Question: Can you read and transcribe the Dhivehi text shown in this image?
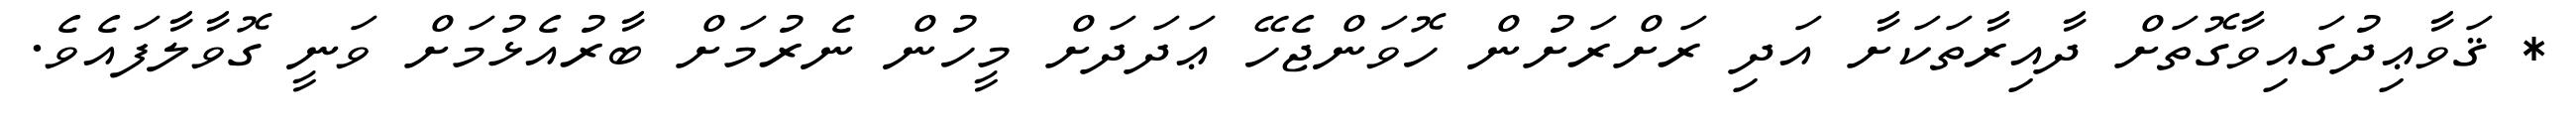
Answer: * ޤަވާޢިދުގައިވާގޮތަށް ދާއިރާތަކަށާ އަދި ރަށްރަށުން ހޮވަންޖެހޭ ޢަދަދަށް މީހުން ނެރުމަށް ބާރުއެޅުމަށް ވަނީ ގޮވާލާފައެވެ.